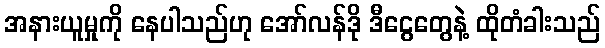
အနားယူမှုကို နေပါသည်ဟု အော်လန်ဒို ဒီငွေတွေနဲ့ ထိုတံခါးသည်